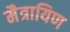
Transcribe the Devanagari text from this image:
मैत्रायिण